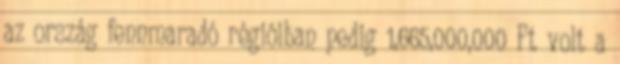
az ország fennmaradó régióiban pedig 1,665,000,000 Ft volt a